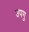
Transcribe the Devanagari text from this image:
उपगु